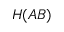
H ( A B )